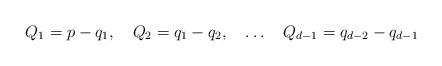
LaTeX: \begin{align*}Q_1=p-q_1,\quad Q_2=q_1-q_2,\quad \ldots \quad Q_{d-1}=q_{d-2} -q_{d-1}\end{align*}